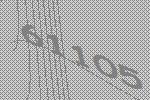
61105